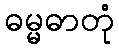
ဓမ္မဓာတုံ